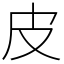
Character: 皮